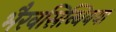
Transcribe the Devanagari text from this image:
भैरवसिन्धियया